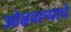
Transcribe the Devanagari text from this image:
ओढवल्याचे